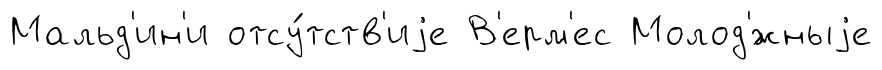
Мальд'ин'и отсу́тств'иjе В'ерм'ес Молод'́жныjе